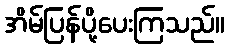
အိမ်ပြန်ပို့ပေးကြသည်။